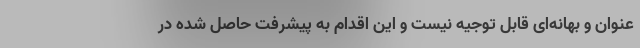
عنوان و بهانه‌ای قابل توجیه نیست و این اقدام به پیشرفت حاصل شده در